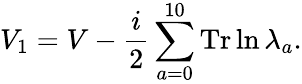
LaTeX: V_{1}=V-{\frac{i}{2}}\sum_{a=0}^{10}\mathrm{Tr}\ln\lambda_{a}.